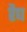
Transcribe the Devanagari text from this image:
रैध